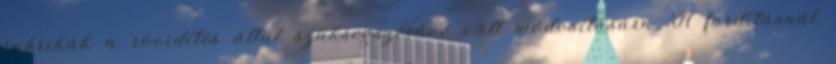
rubrikák a rövidítés által szükségszerűvé vált módosítására. A fordításnál